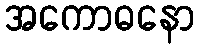
အကောဓနော